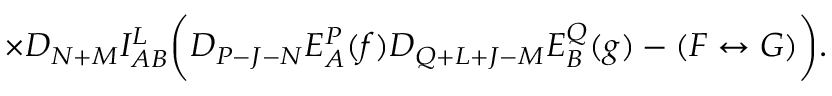
\times D _ { N + M } I _ { A B } ^ { L } \biggl ( D _ { P - J - N } E _ { A } ^ { P } ( f ) D _ { Q + L + J - M } E _ { B } ^ { Q } ( g ) - ( F \leftrightarrow G ) \biggr ) .